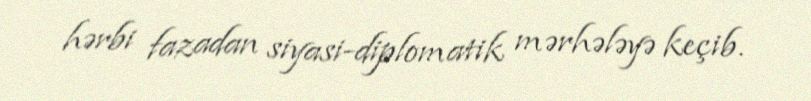
hərbi fazadan siyasi-diplomatik mərhələyə keçib.